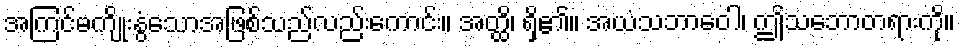
အကြင်မကျိုးနွံသောအဖြစ်သည်လည်းကောင်း။ အတ္ထိ၊ ရှိ၏။ အယံသဘာဝေါ၊ ဤသဘောတရားကို။